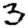
Digit: 3